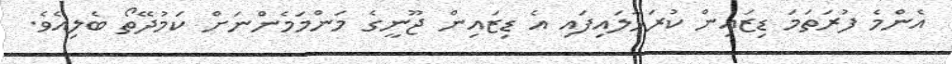
އެންމެ ފުރަތަމަ ޑިޒައިން ކުރަހާލައިފައި އެ ޑިޒައިން ޖޫނީގެ މަންމަމެންނަށް ކަމުދޭތޯ ބެލިއެވެ.